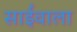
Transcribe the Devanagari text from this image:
साईंवाला